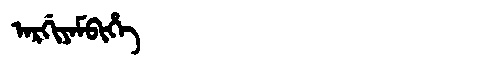
Manchu: ᠠᡵᡤᡳᠶᠠᠮᠪᡳᡥᡝ
Romanization: ARGIYAMBIHE